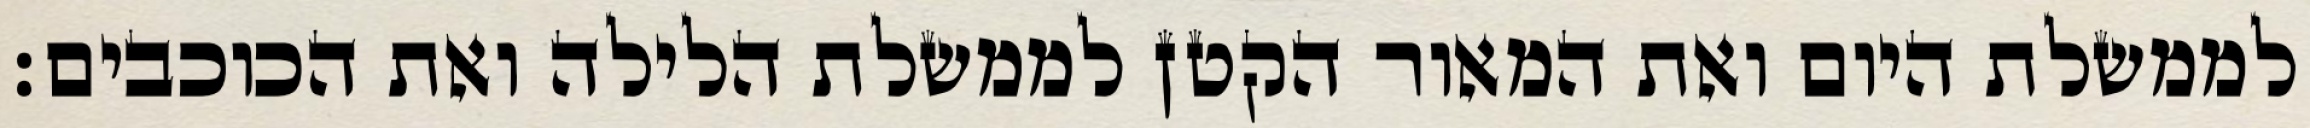
לממשלת היום ואת המאור הקטן לממשלת הלילה ואת הכוכבים׃